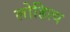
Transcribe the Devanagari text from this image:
लोहित्य